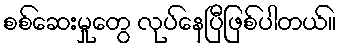
စစ်ဆေးမှုတွေ လုပ်နေပြီဖြစ်ပါတယ်။